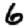
Digit: 6